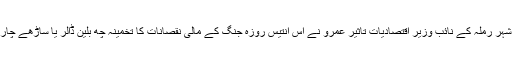
مغربی کنارے کے شہر رملہ کے نائب وزير اقتصاديات تاثير عمرو نے اس انتيس روزہ جنگ کے مالی نقصانات کا تخمينہ چھ بلين ڈالر يا ساڑھے چار بلين يورو لگايا ہے۔